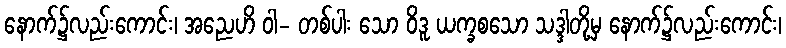
နောက်၌လည်းကောင်း၊ အညေဟိ ဝါ- တစ်ပါး သော ဝိဒူ ယက္ခစသော သဒ္ဒါတို့မှ နောက်၌လည်းကောင်း၊